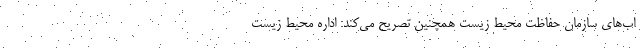
اب‌های سازمان حفاظت محیط زیست همچنین تصریح می‌کند: اداره محیط زیست